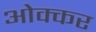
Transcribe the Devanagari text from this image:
ओक्कर